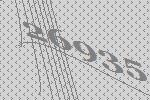
26935